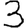
Digit: 3